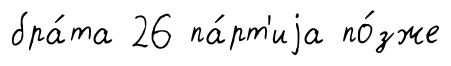
бра́та 26 па́рт'иjа по́зже